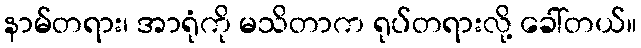
နာမ်တရား၊ အာရုံကို မသိတာက ရုပ်တရားလို့ ခေါ်တယ်။